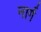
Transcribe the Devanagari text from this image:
नार्ग